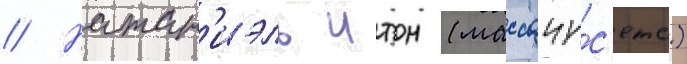
// Натан'иэль итон (массачу́с'етс)